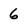
Character: 6